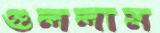
গুললাম